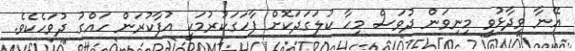
އޭނާ ވިދާޅުވީ މިނިވަން ދުވަސް މިހާ ކުލަގަދަކޮށް ފާހަގަކުރުމަކީ އުފާކުރަން ހައްގު ދުވަހެކެވެ.